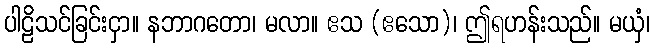
ပါဠိသင်ခြင်းငှာ။ နဘာဂတော၊ မလာ။ ဧသ (ဧသော)၊ ဤရဟန်းသည်။ မယှံ၊